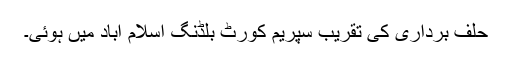
حلف برداری کی تقریب سپریم کورٹ بلڈنگ اسلام آباد میں ہوئی۔